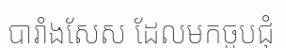
បារាំងសែស ដែលមកចួបជុំ